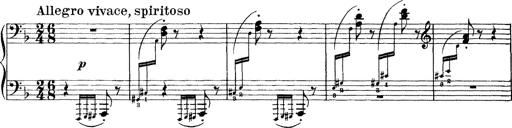
Title: Scherzo und Marsch
Composer: Franz Liszt